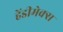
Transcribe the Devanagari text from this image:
हेंडीमेक्स